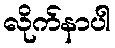
လိုက်နာပါ